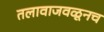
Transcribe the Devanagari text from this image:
तलावाजवळूनच